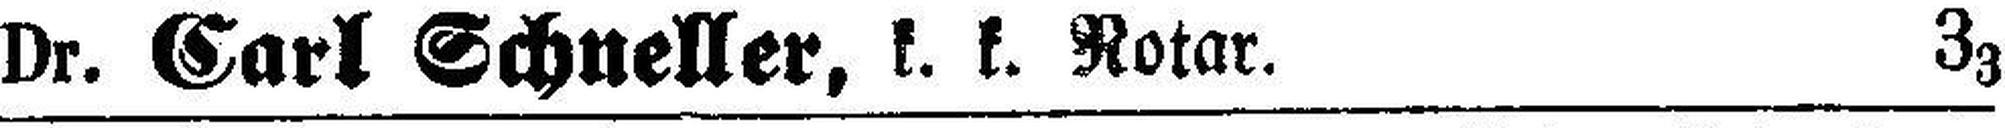
Dr. Carl Schneller, k. k. Notar. 33